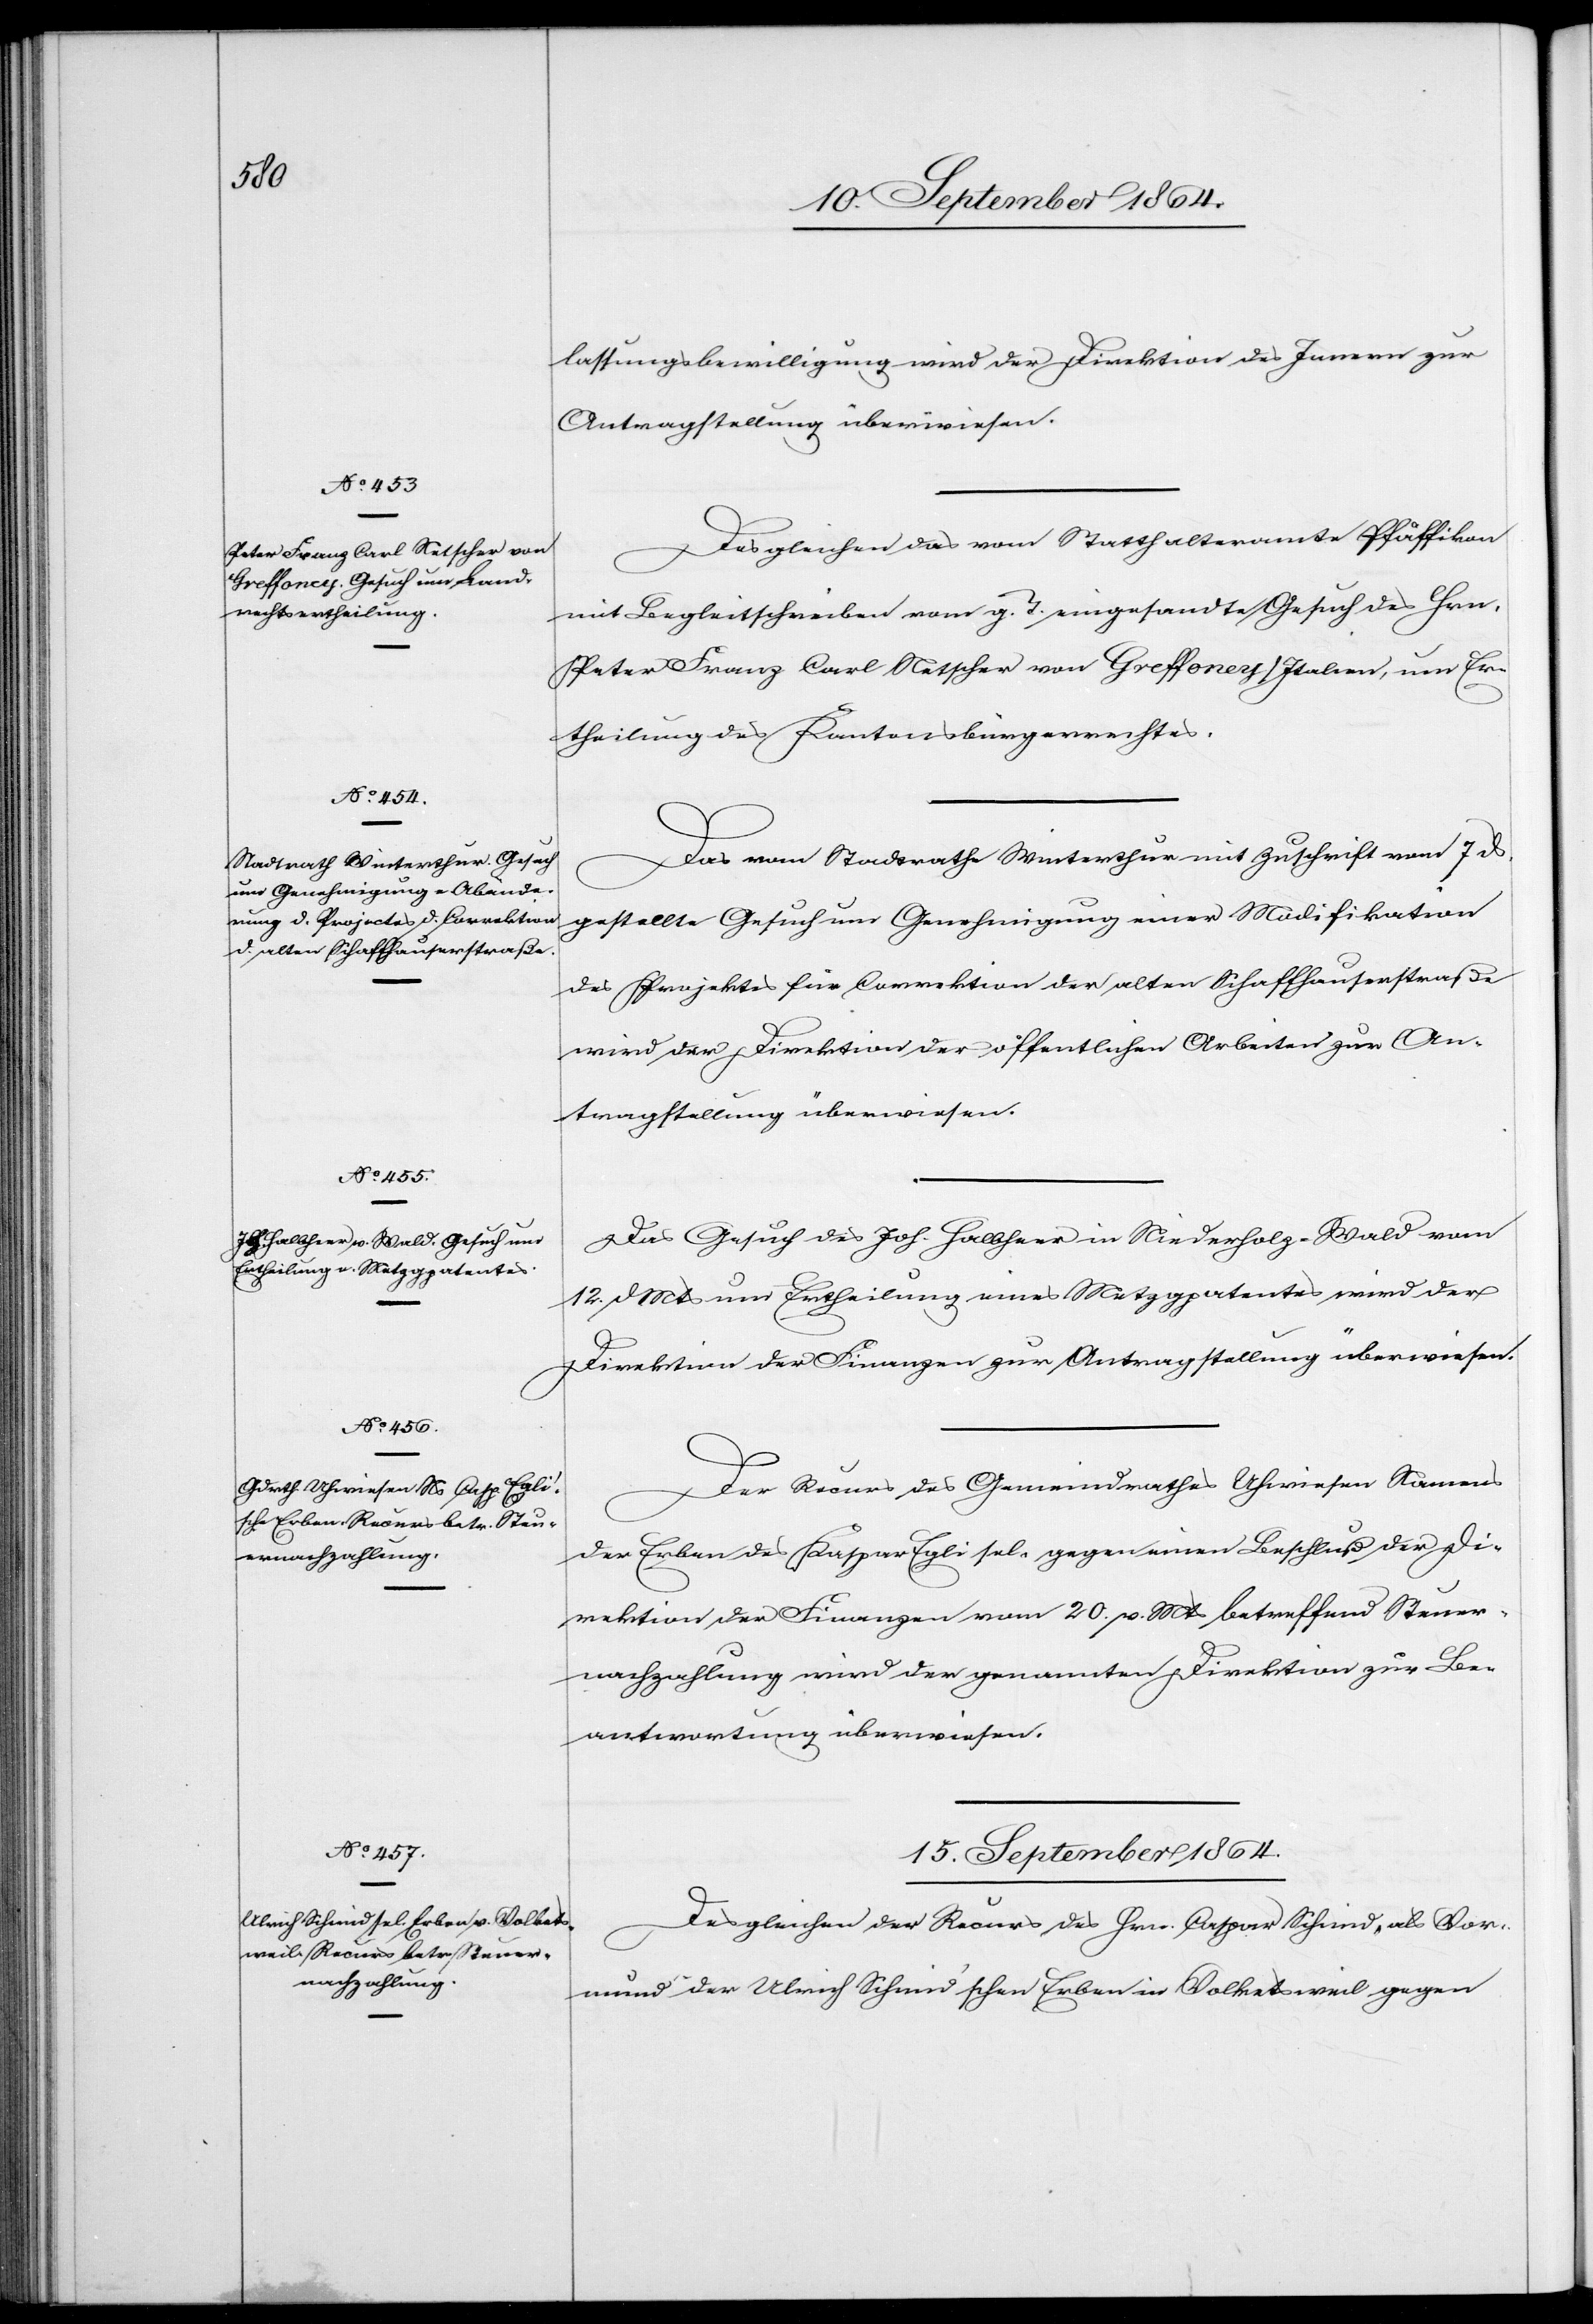
Peter Franz Carl Netscher von

15. September 1864.
lassungsbewilligung wird der Direktion des Innern zur
Antragstellung überwiesen.
Desgleichen das vom Statthalteramte Pfäffikon
mit Begleitschreiben vom g. T. eingesandte Gesuch des Hrn.
Ertheilung des Kantonsbürgerrechtes.
Das vom Stadtrathe Winterthur mit Zuschrift vom 7. ds.
gestellte Gesuch um Genehmigung einer Modifikation
des Projectes für Correktion der alten Schaffhauserstraße
wird der Direktion der öffentlichen Arbeiten zur An¬
tragstellung überwiesen.
Das Gesuch des Joh. Halbheer in Niederholz-Wald vom
12. d. Mts um Ertheilung eines Metzgpatentes wird der
Direktion der Finanzen zur Antragstellung überwiesen.
Der Recurs des Gemeindrathes Uhwiesen Namens
der Erben des Kaspar Egli sel. gegen einen Beschluß der Di¬
rektion der Finanzen vom 20. v. Mts betreffend Steuer¬
nachzahlung wird der genannten Direktion zur Be¬
antwortung überwiesen.
Desgleichen der Recurs des Hrn. Caspar Schmid, als Vor¬
mund der Ulrich Schmid’schen Erben in Volketsweil gegen